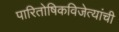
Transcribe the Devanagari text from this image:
पारितोषिकविजेत्यांची